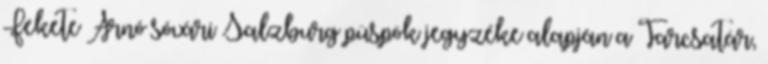
Fekete Arnó sóvári Salzburg püspök jegyzéke alapján a Tarcsatár,